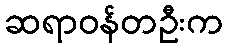
ဆရာဝန်တဦးက